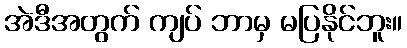
အဲဒီအတွက် ကျပ် ဘာမှ မပြနိုင်ဘူး။